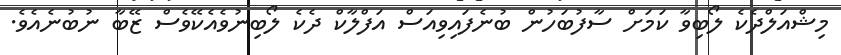
މިޝްއަލްދެކެ ލޯބިވާ ކަމަށް ސާފުބަހުން ބުނެފައިވިއަސް އަފްލާކް ދެކެ ލޯބިނުވެއެކޭވެސް ޒޭބާ ނުބުނެއެވެ.